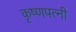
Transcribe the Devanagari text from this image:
कृष्णपत्‍नी